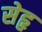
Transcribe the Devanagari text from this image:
सेहृ